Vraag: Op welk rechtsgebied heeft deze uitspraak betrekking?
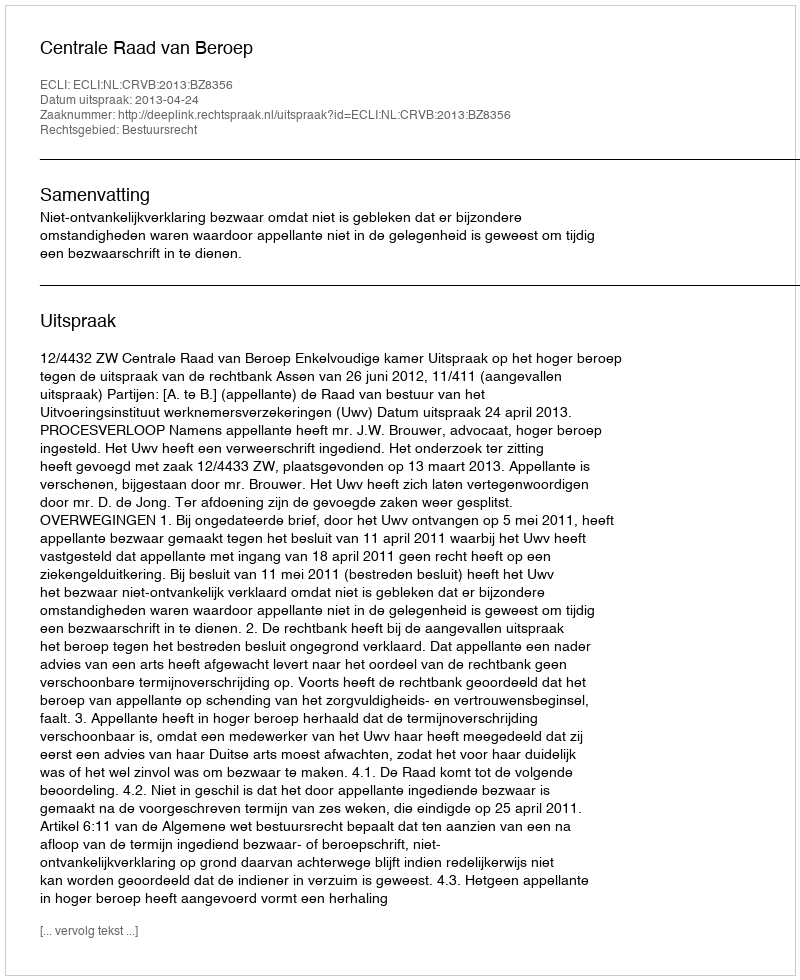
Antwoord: Bestuursrecht